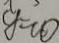
y = 1 0